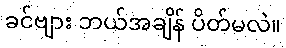
ခင်ဗျား ဘယ်အချိန် ပိတ်မလဲ။